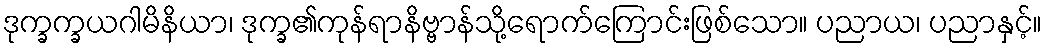
ဒုက္ခက္ခယဂါမိနိယာ၊ ဒုက္ခ၏ကုန်ရာနိဗ္ဗာန်သို့ရောက်ကြောင်းဖြစ်သော။ ပညာယ၊ ပညာနှင့်။